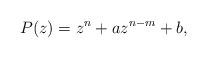
LaTeX: \begin{align*}P(z)=z^{n}+az^{n-m}+b,\end{align*}